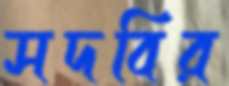
সদবির